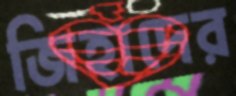
জিহাদের